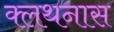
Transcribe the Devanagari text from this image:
क्लथनास